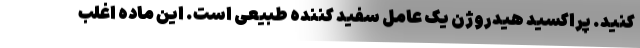
کنید. پراکسید هیدروژن یک عامل سفید کننده طبیعی است. این ماده اغلب